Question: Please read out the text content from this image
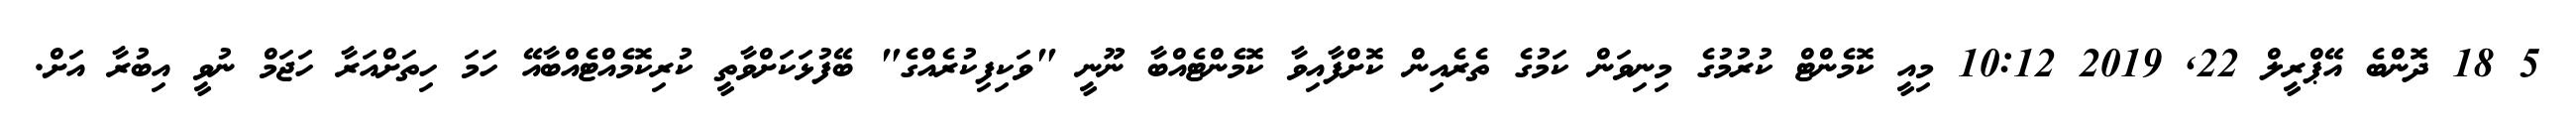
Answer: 5 18 ދޮންބެ އޭޕްރީލް 22, 2019 10:12 މިއީ ކޮމެންޓް ކުރުމުގެ މިނިވަން ކަމުގެ ތެރެއިން ކޮށްފާއިވާ ކޮމެންޓެއްބާ ނޫނީ "ވަކިފިކުރެއްގެ" ބޭފުޅަކަށްވާތީ ކުރިކޮމެއްޓެއްބާއޭ ހަމަ ހިތަށްއަރާ ހަޖަމް ނުވީ އިބުރާ އަށް.